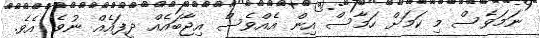
ނަމަވެސް މި ކަމަށް ހަމާސް އިން އެއްވެސް އިޖާބައެއް ދީފައެއް ނުވެ އެވެ.